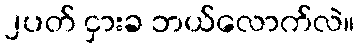
၂ပတ် ငှားခ ဘယ်လောက်လဲ။